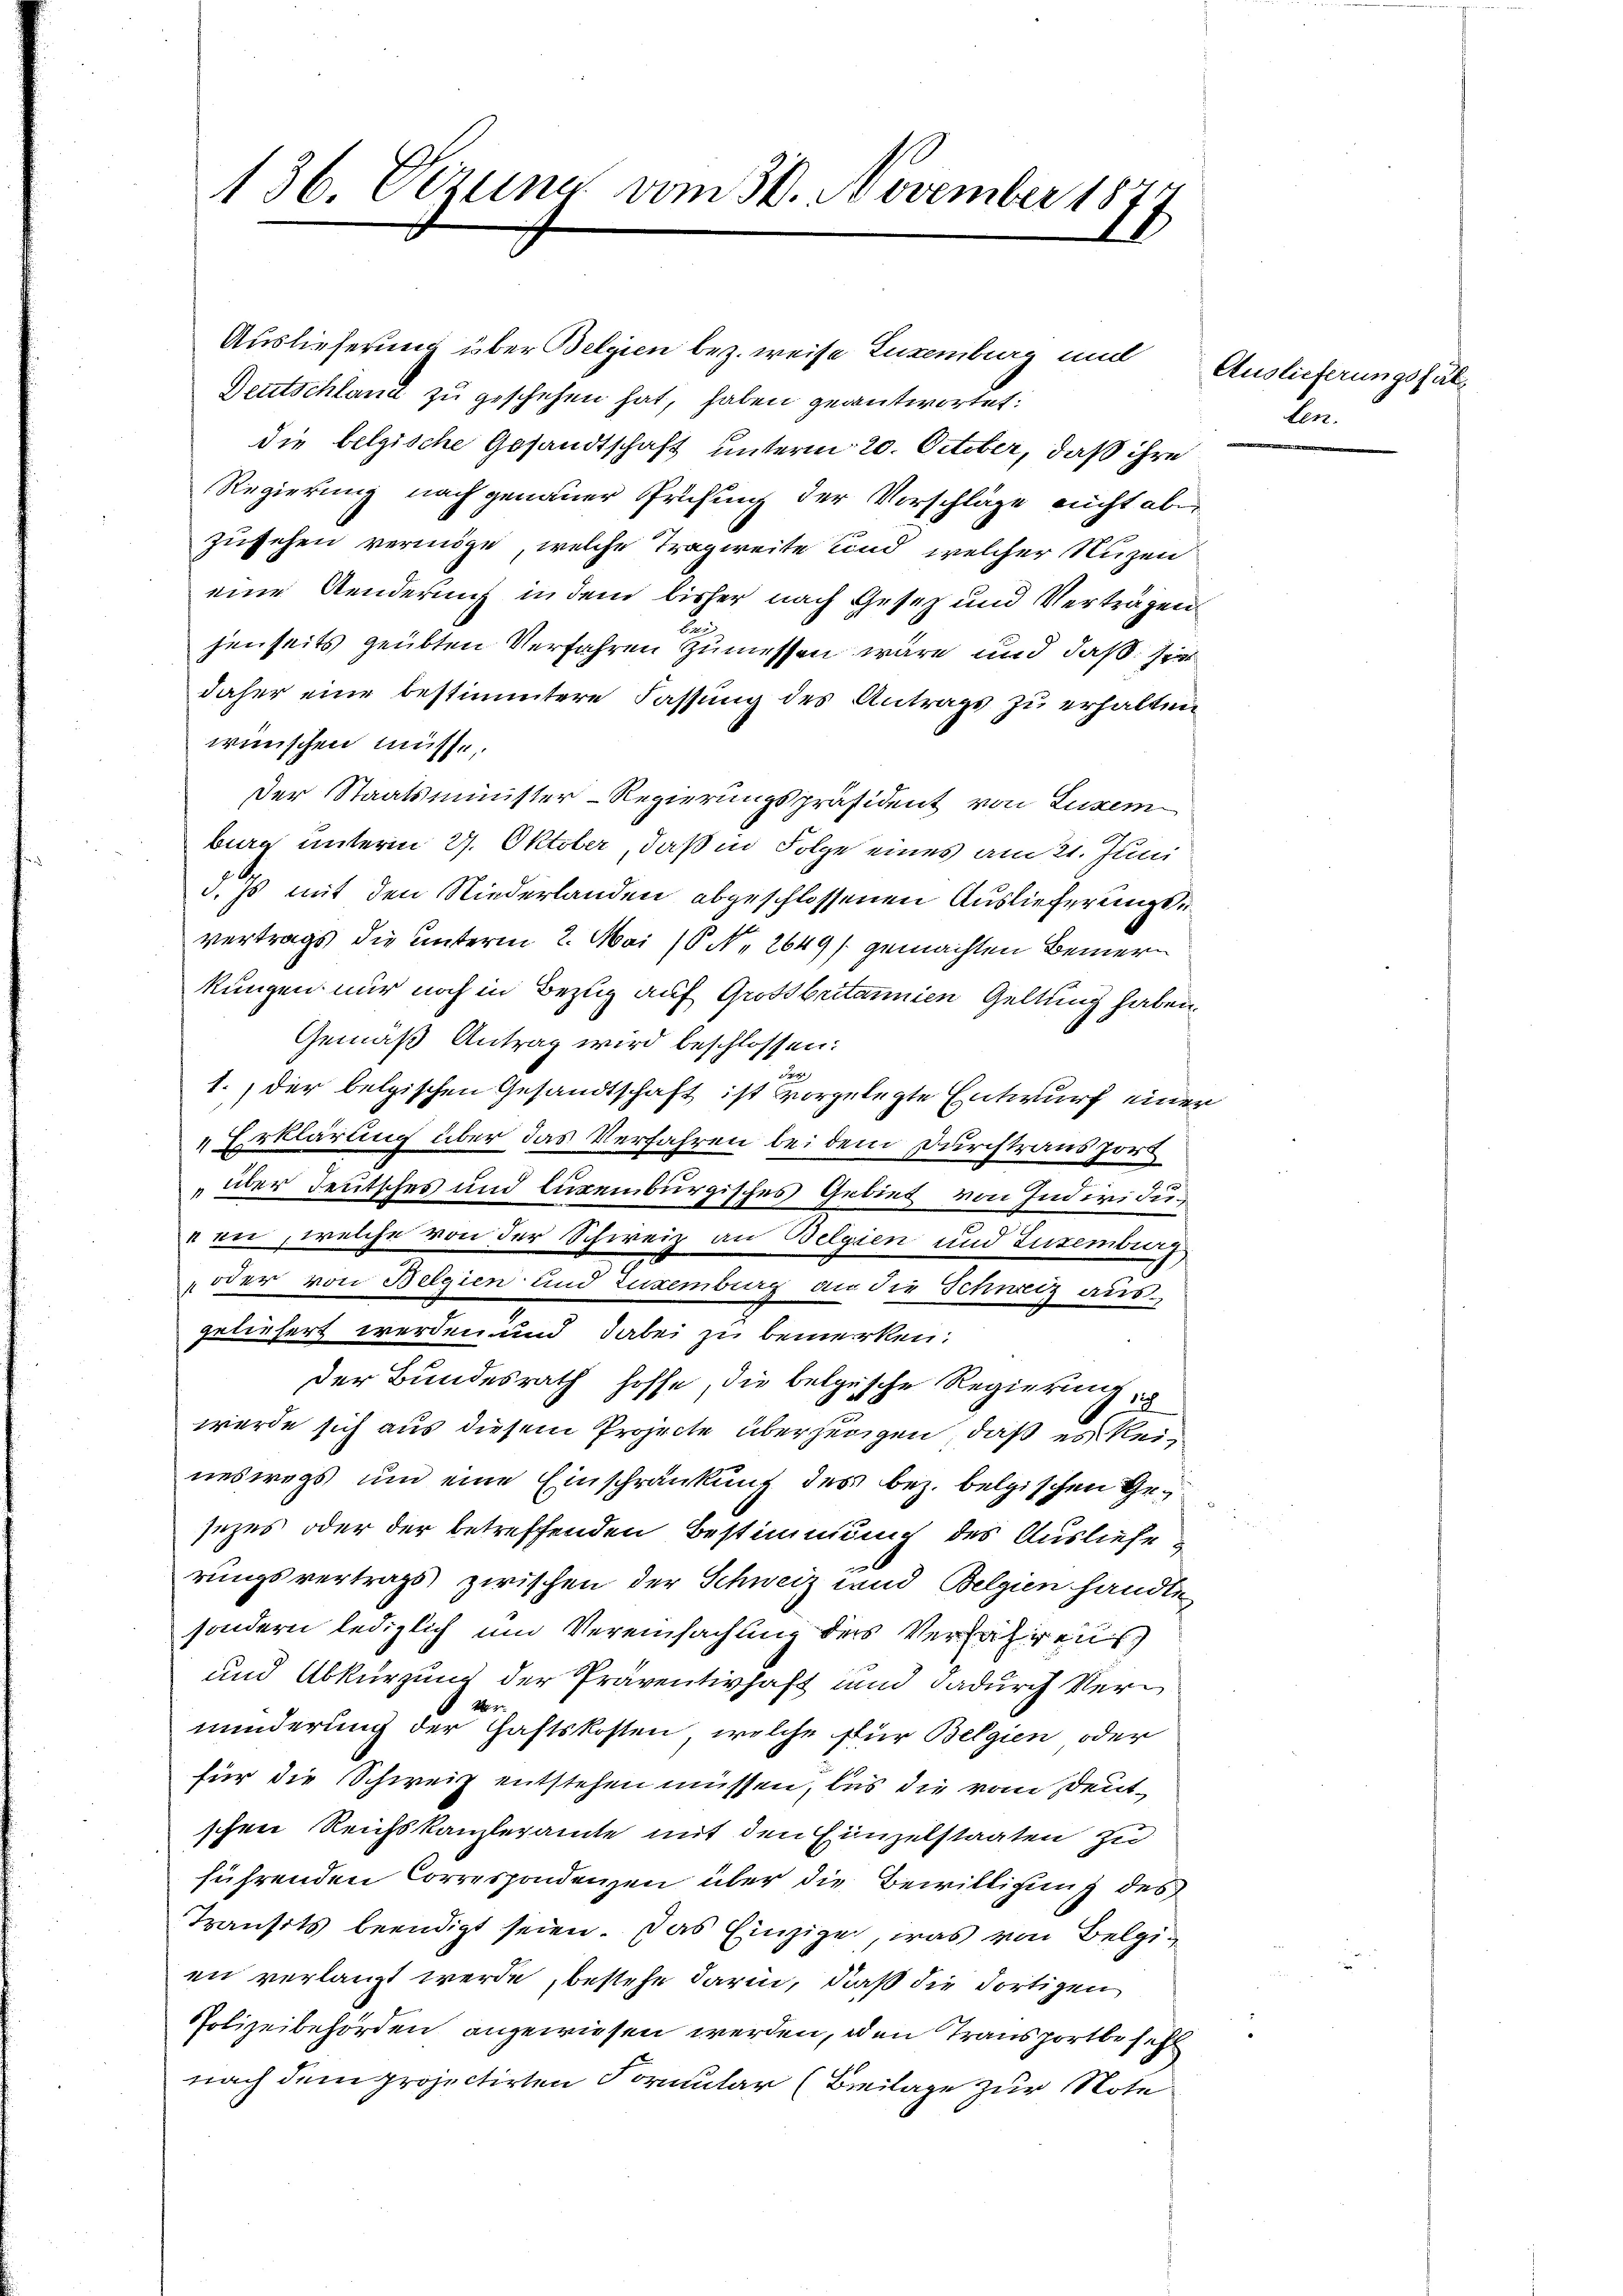
136. Vezung vom 30. November 1877

Auslieferung über Belgien bez. weise Luxenburg und
Deutschland zu geschehen hat, haben geantwortet.
die belgische Gesandtschaft unterm 20. October, daß ihre
Regierung nach genauer Prüfung der Vorschläge nicht abe
zusehen vermöge, welche Tragweite sind, welcher Nuzen
eine Aenderung in dem bisher nach Gesez und Verträgen
u
jenseits geübten Verfahren zumessen wäre und daß sie
daher eine bestimmtere Fassung des Antrags zu erhalten
wünschen müsse,
Der Staatsminister-Regierungspräsident von Luxem
burg unterm 27. Oktober, daß in Folge eines am 21. Juni
G.
d. Js mit den Niederlanden abgeschlossenen Auslieferungsvertrags die unterm 2. Mai (§ NNo. 2649/ gemachten Bemerkungen nur noch in Bezug auf Großbritannien Geltung haben.
Gemäß Antrag wird beschlossen:
.
1.) der belgischen Gesandtschaft ist vorgelegte Entwurf einen
Erklärung über das Verfahren bei dem Durchtraus port
„über deutsches und lugenburgisches Gebiet von Individunen, welche von der Schweiz an Belgien und Luzemberg
oder von Belgien und Zuxenburg an die Schweiz ausgeliefert werden und dabei zu bemerken.
der Bundesrath hoffe, die belgische Regierung
werde sich aus diesem Projecte überzeigen, daß es keineswegs um eine Einschränkung des bez. belgischen Gesezes oder der betreffenden Bestimmung des Ausliefe
rungsvertrags zwischen der Schweiz und Belgien handler,
sondern lediglich und Vereinfachung des Verfahrens
und Abkürzung der Präventivhaft und dadurch Verminderung der Haftskosten, welche für Belgien oder
für die Schweiz entstehen müssen, las die vom Deutschen Reichskanzleramte mit den Einzelstaaten zu
führenden Correspondenzen über die Bewilligung des
Transtts beendigt seien. Das Einzige, was von Belgien verlangt werde, bestehe darin, daß die dortigen
Polizeibehörden angewiesen werden, den Transportbesell
nach dem projectirten Formular (Beilage zur Note

Auslieferungsfäll
ben